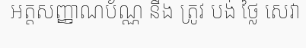
អត្តសញ្ញាណប័ណ្ណ នឹង ត្រូវ បង់ ថ្លៃ សេវា